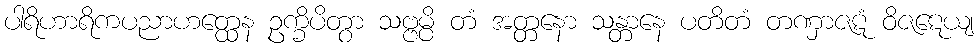
ပါရိဟာရိကပညာဟတ္ထေန ဥက္ခိပိတွာ သဗ္ဗမ္ပိ တံ အတ္တနော သန္တာနေ ပတိတံ တဏှာဇဋံ ဝိဇဋေယျ